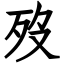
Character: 歿